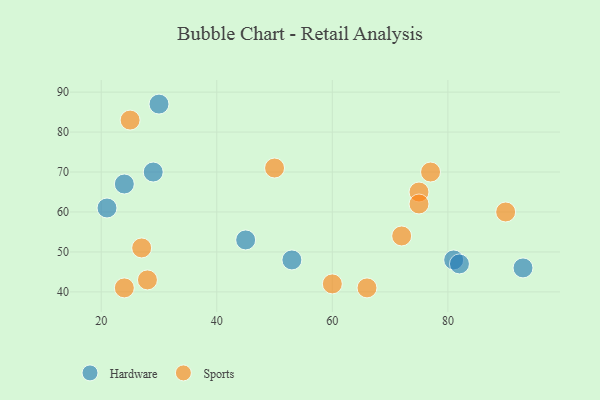
{"axis": {"x": "GDP", "y": "Life Expectancy"}, "legend": ["Hardware", "Sports"], "data": [{"x": "30", "y": 87, "type": "Hardware"}, {"x": "81", "y": 48, "type": "Hardware"}, {"x": "53", "y": 48, "type": "Hardware"}, {"x": "24", "y": 67, "type": "Hardware"}, {"x": "82", "y": 47, "type": "Hardware"}, {"x": "93", "y": 46, "type": "Hardware"}, {"x": "21", "y": 61, "type": "Hardware"}, {"x": "29", "y": 70, "type": "Hardware"}, {"x": "45", "y": 53, "type": "Hardware"}, {"x": "77", "y": 70, "type": "Sports"}, {"x": "50", "y": 71, "type": "Sports"}, {"x": "72", "y": 54, "type": "Sports"}, {"x": "66", "y": 41, "type": "Sports"}, {"x": "75", "y": 65, "type": "Sports"}, {"x": "75", "y": 62, "type": "Sports"}, {"x": "27", "y": 51, "type": "Sports"}, {"x": "60", "y": 42, "type": "Sports"}, {"x": "28", "y": 43, "type": "Sports"}, {"x": "90", "y": 60, "type": "Sports"}, {"x": "25", "y": 83, "type": "Sports"}, {"x": "24", "y": 41, "type": "Sports"}]}